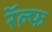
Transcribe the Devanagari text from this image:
रॅल्फ